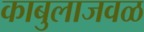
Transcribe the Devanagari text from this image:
काबुलाजवळ